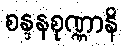
စန္ဒနစုဏ္ဏာနိ